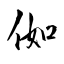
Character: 侞